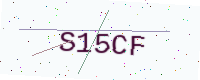
Text: S15CF